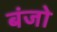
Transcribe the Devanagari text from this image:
बंजो